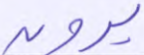
يرون